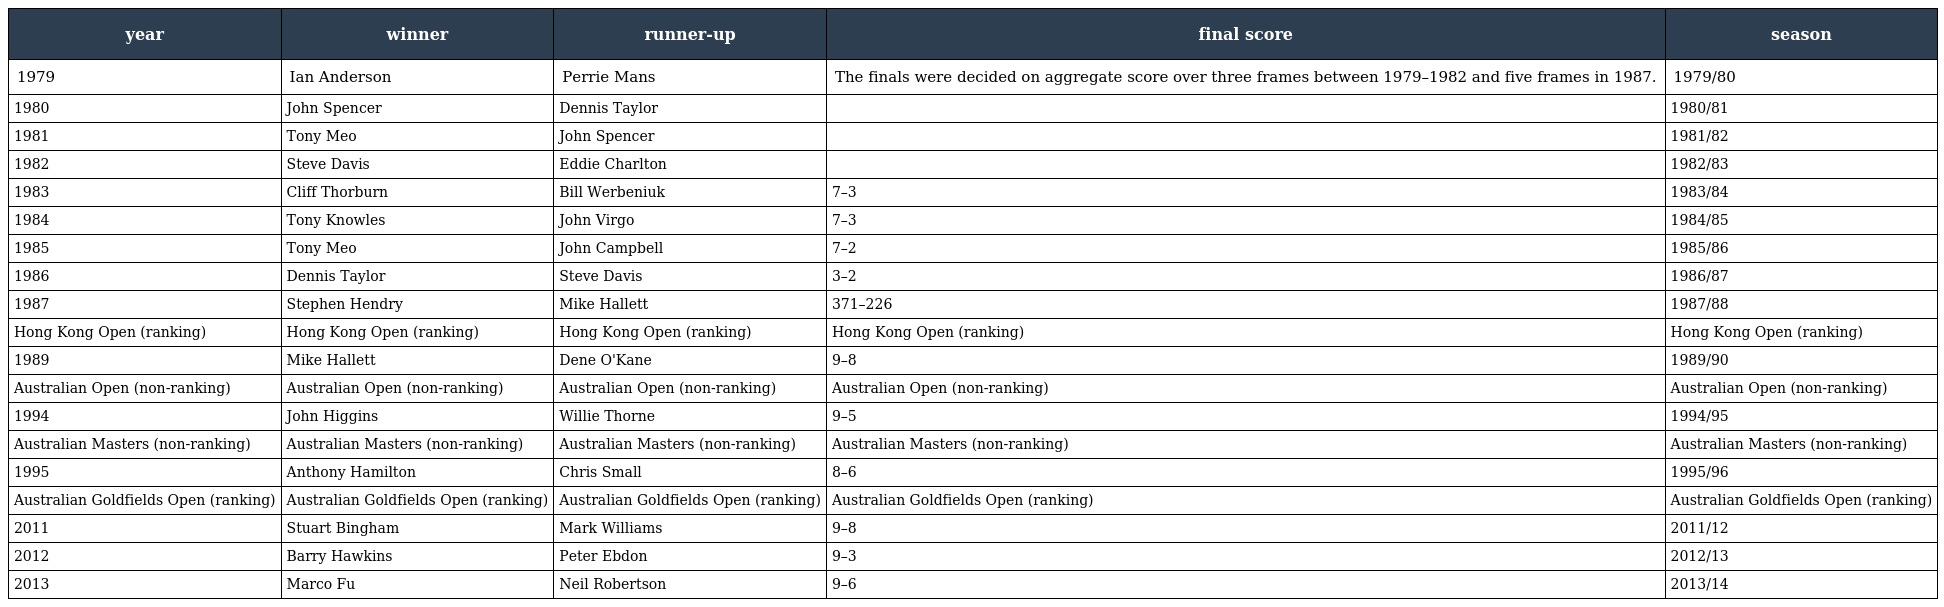
| year | winner | runner-up | final score | season |
 | --- | --- | --- | --- | --- |
 | 1979 | Ian Anderson | Perrie Mans | The finals were decided on aggregate score over three frames between 1979–1982 and five frames in 1987. | 1979/80 |
 | 1980 | John Spencer | Dennis Taylor |  | 1980/81 |
 | 1981 | Tony Meo | John Spencer |  | 1981/82 |
 | 1982 | Steve Davis | Eddie Charlton |  | 1982/83 |
 | 1983 | Cliff Thorburn | Bill Werbeniuk | 7–3 | 1983/84 |
 | 1984 | Tony Knowles | John Virgo | 7–3 | 1984/85 |
 | 1985 | Tony Meo | John Campbell | 7–2 | 1985/86 |
 | 1986 | Dennis Taylor | Steve Davis | 3–2 | 1986/87 |
 | 1987 | Stephen Hendry | Mike Hallett | 371–226 | 1987/88 |
 | Hong Kong Open (ranking) | Hong Kong Open (ranking) | Hong Kong Open (ranking) | Hong Kong Open (ranking) | Hong Kong Open (ranking) |
 | 1989 | Mike Hallett | Dene O'Kane | 9–8 | 1989/90 |
 | Australian Open (non-ranking) | Australian Open (non-ranking) | Australian Open (non-ranking) | Australian Open (non-ranking) | Australian Open (non-ranking) |
 | 1994 | John Higgins | Willie Thorne | 9–5 | 1994/95 |
 | Australian Masters (non-ranking) | Australian Masters (non-ranking) | Australian Masters (non-ranking) | Australian Masters (non-ranking) | Australian Masters (non-ranking) |
 | 1995 | Anthony Hamilton | Chris Small | 8–6 | 1995/96 |
 | Australian Goldfields Open (ranking) | Australian Goldfields Open (ranking) | Australian Goldfields Open (ranking) | Australian Goldfields Open (ranking) | Australian Goldfields Open (ranking) |
 | 2011 | Stuart Bingham | Mark Williams | 9–8 | 2011/12 |
 | 2012 | Barry Hawkins | Peter Ebdon | 9–3 | 2012/13 |
 | 2013 | Marco Fu | Neil Robertson | 9–6 | 2013/14 |